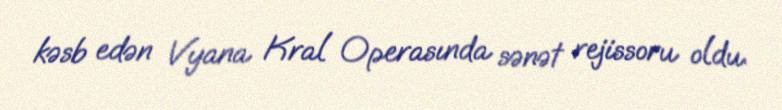
kəsb edən Vyana Kral Operasında sənət rejissoru oldu.